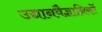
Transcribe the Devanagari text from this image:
उद्यानवैज्ञानिकों